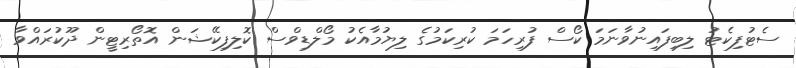
ސެޓުފިކެޓު ލިބިފައިނުވާނަމަ ކޯސް ފުރިހަމަ ކުރިކަމުގެ ލިޔުމާއެކު މޯލްޑިވްސް ކޮލިފިކޭޝަން އޮތޯރިޓީން ދޫކުރައްވާ